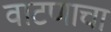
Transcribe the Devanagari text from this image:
वाटणाचा